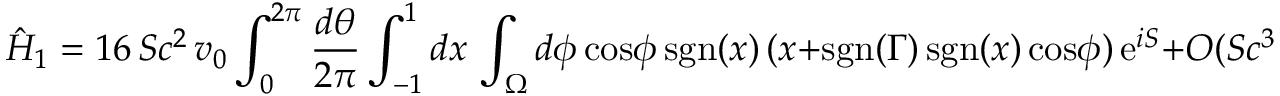
\hat { H } _ { 1 } = 1 6 \, S c ^ { 2 } \, v _ { 0 } \int _ { 0 } ^ { 2 \pi } { \frac { d \theta } { 2 \pi } } \int _ { - 1 } ^ { 1 } d x \, \int _ { \Omega } d \phi \, \mathrm { c o s } \phi \, \mathrm { s g n } ( x ) \, ( x + \mathrm { s g n } ( \Gamma ) \, \mathrm { s g n } ( x ) \, \mathrm { c o s } \phi ) \, \mathrm { e } ^ { i S } + O ( S c ^ { 3 } )